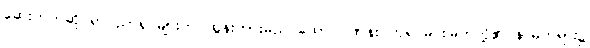
ဆေးဘက်ဆိုင်ရာပညာရှင်များက ထွန်းကားမည် ထောင်ဂဏန်း ဘုရင်မင်းမြတ်တို့၏ နာမ်တရား၌